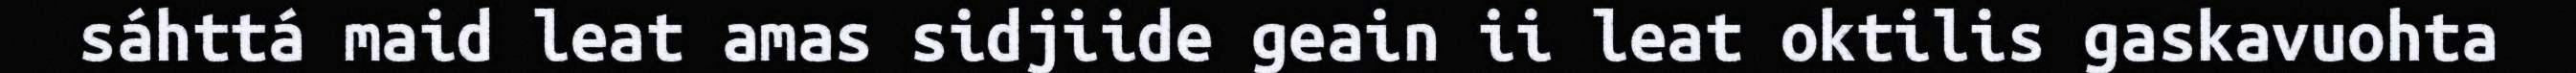
sáhttá maid leat amas sidjiide geain ii leat oktilis gaskavuohta